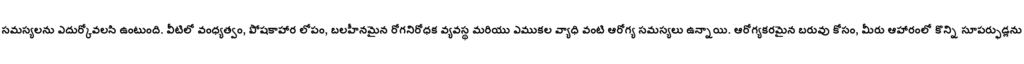
సమస్యలను ఎదుర్కోవలసి ఉంటుంది. వీటిలో వంధ్యత్వం, పోషకాహార లోపం, బలహీనమైన రోగనిరోధక వ్యవస్థ మరియు ఎముకల వ్యాధి వంటి ఆరోగ్య సమస్యలు ఉన్నాయి. ఆరోగ్యకరమైన బరువు కోసం, మీరు ఆహారంలో కొన్ని సూపర్ఫుడ్లను